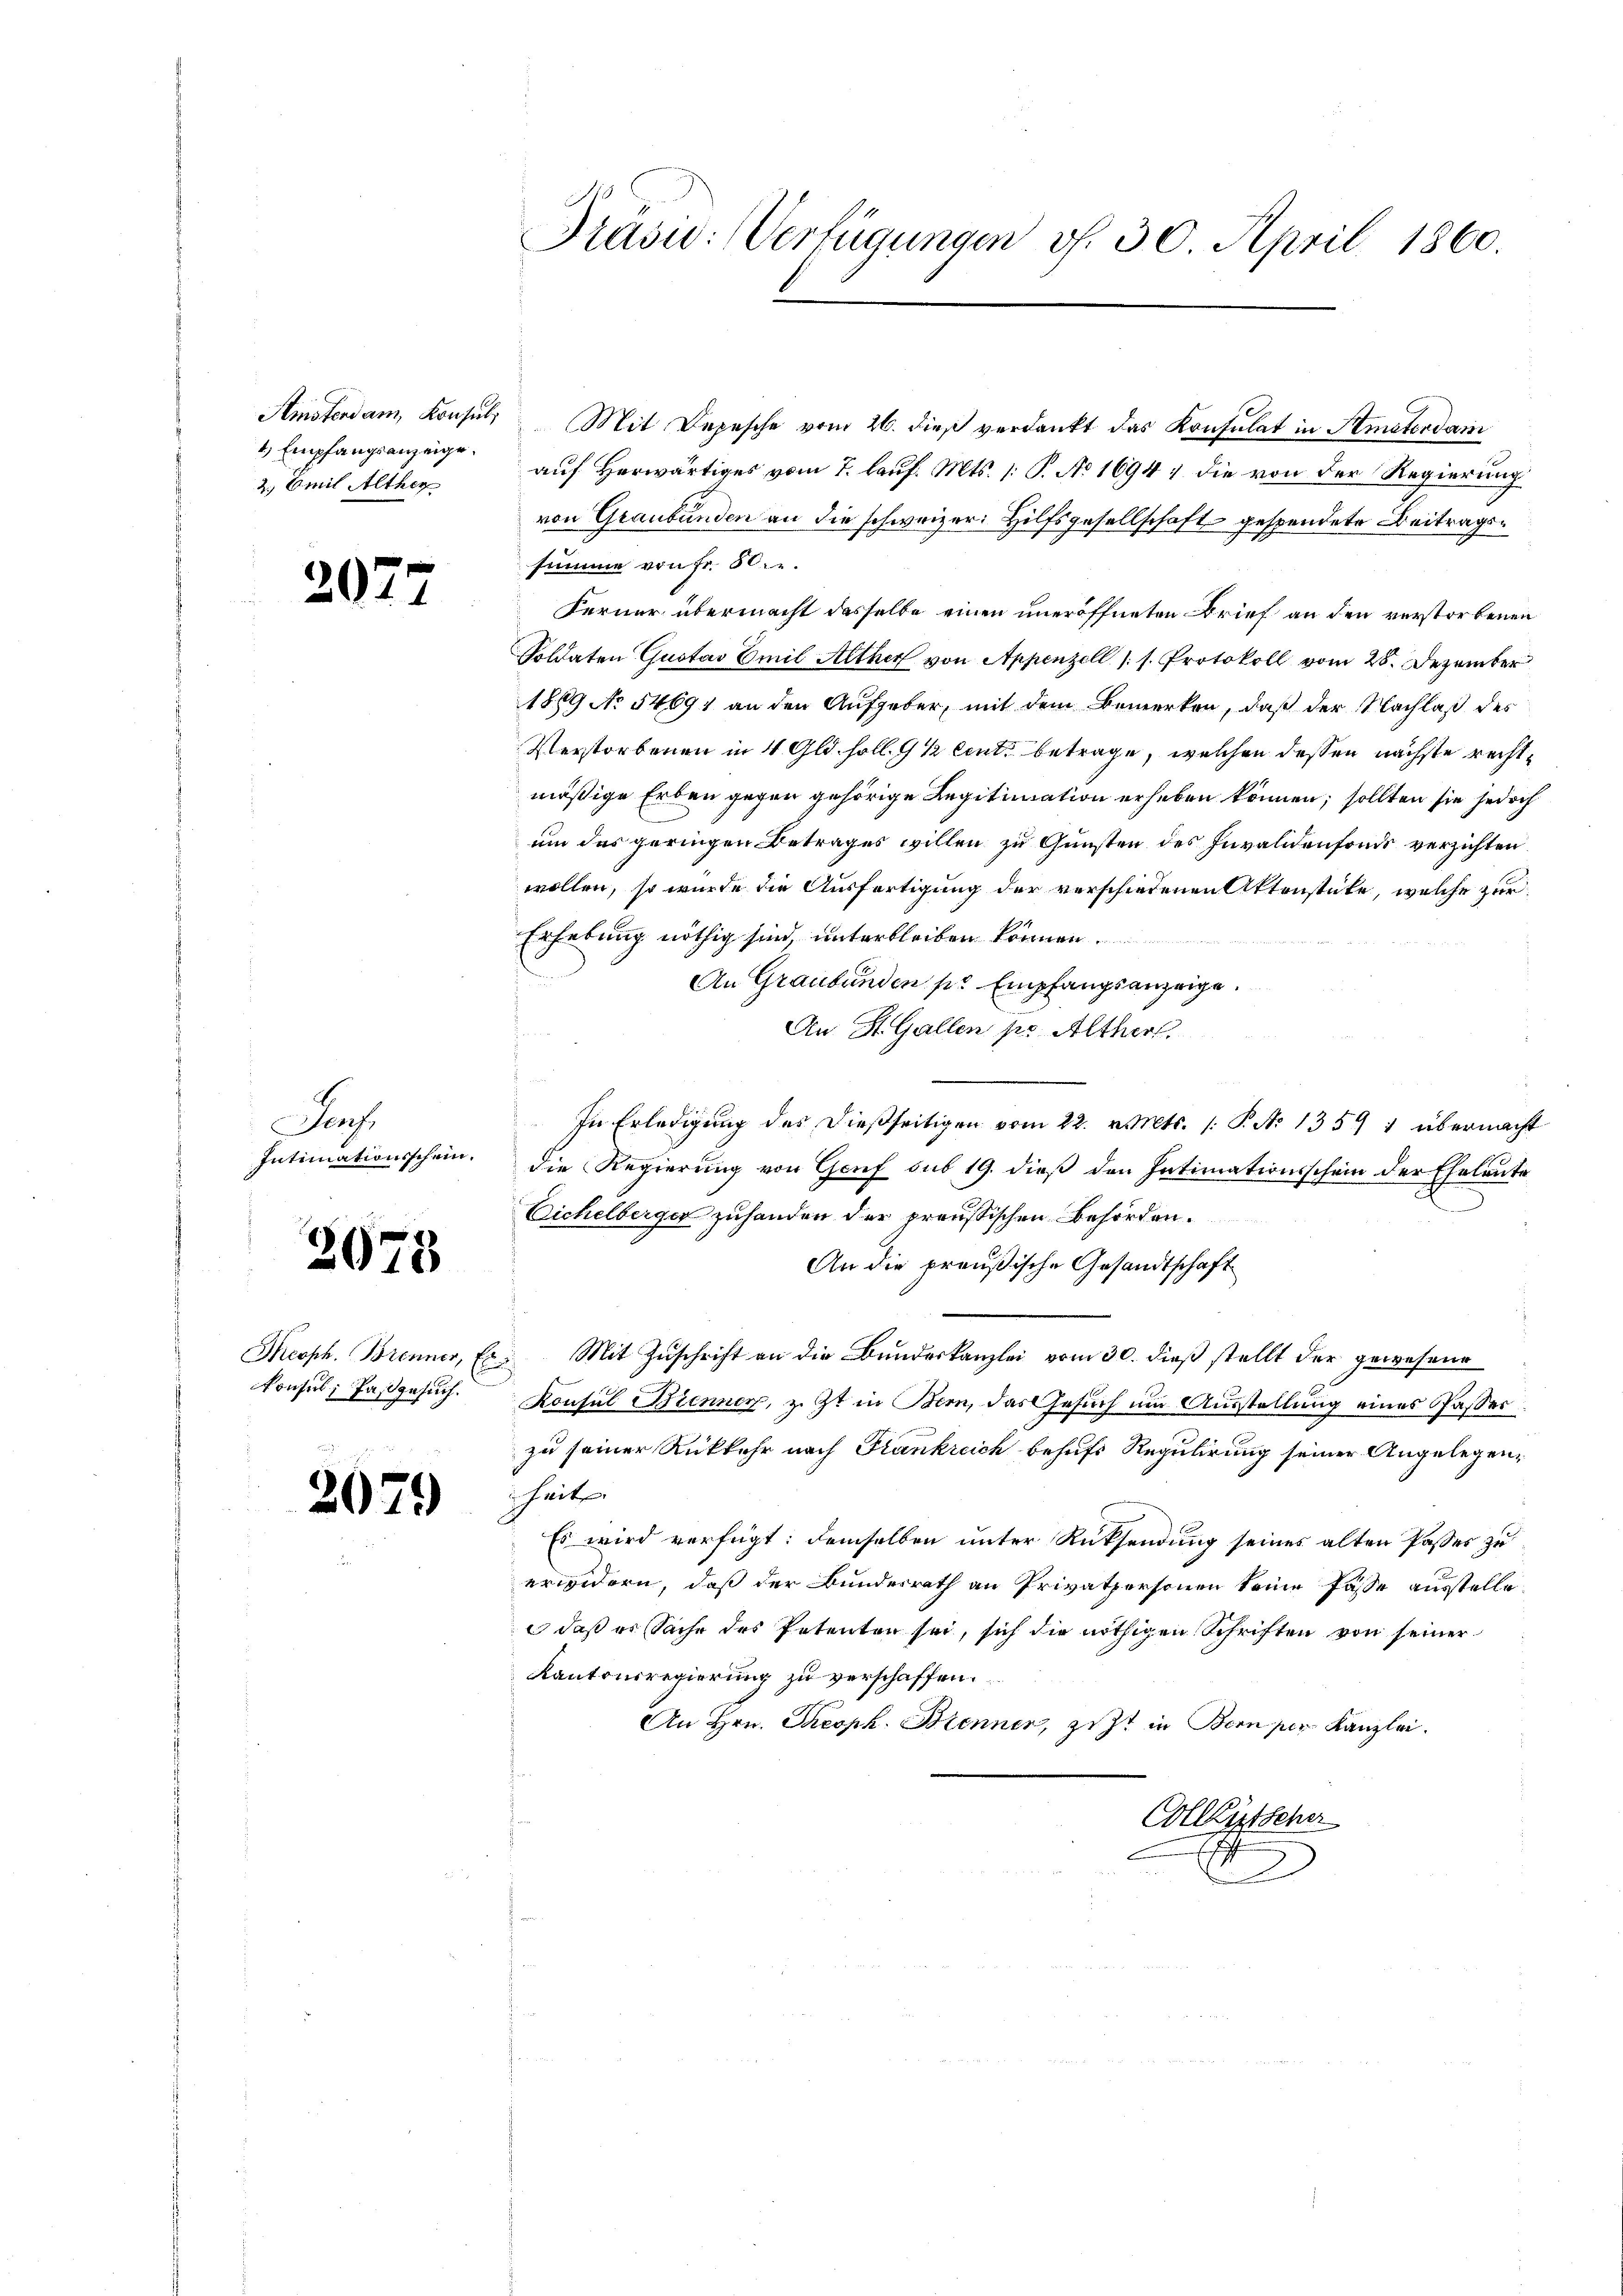
1) Empfangsanzeige.
2. Emil Alther

2077

.
Denf
Intimationsschein.

2078

Theoph. Brenner, Es
Konsul, Pasgesuch.

20

)

Präsid: Verfügungen v. 30. April 1860.

Amstendam Konsŭl. Mit Depesche vom 26. dieβ verdankt das Konsulat in Amaterdam
auf Herwärtiges vom 7. lauf. Mts. (: P. No 1694) die von der Regierung
von Graubünden an die schweizer: Hilfsgesellschaft gespendete Beitragssumme von Fr. 50.
Ferner übermacht dasselbe einen uneröffneten Brief an den verstorbenen
Soldaten Gustav Emil Alther von Appenzell (s. Protokoll vom 28. Dezember
1869 No 54691 an den Aufgeber, mit dem Bemerken, daß der Nachlaß des
Verstorbenen in 4 Gld. soll. 9 1/2 cent betrage, welchen dessen nächste rechtmäßige Erben gegen gehörige Legitimation erheben können; sollten sie jedoch
um das geringen Betrages willen zu Gunsten des Invalidenfonds verzichten.
wollen, so wurde die Ausfertigung der verschiedenen Aktenstüke, welche zur
Erhebung nöthig sind, unterbleiben können.
.
An Graubünden pr Empfangsanzeige.
An St. Gallen pr Alther,
e
In Erledigung des dießseitigen vom 22. v. Mts. /: P. N. 1359 1 übernacht
die Regierung von Genf sub 19. dieß den Intimationsschein der Eheleute
Eichelberger zuhanden der preußischen Behörden.
An die preußische Gesandtschaft
 Mit Zuschrift an die Bundeskanzlei vom 30. dieß stellt der gewesene
Konsul Brenner, z. Zt. in Bern, das Gesuch um Ausstellung eines Passer
zu seiner Rückkehr nach Frankreich behufs Regulirung seiner Angelegen¬
Theil
Es wird verfügt: demselben unter Rücksendung seines alten Passes zu
erwidern, daß der Bundesrath an Privatpersonen keine Fässe ausstelle
 daß es Sache des Petenten sei, sich die nöthigen Schriften von seiner
Kantonsregierung zu verschaffen.
An Hrn. Theoph. Brenner, ist in Bern per Kanzlei.
Collistscher
2